Riigikantselei, lk 47
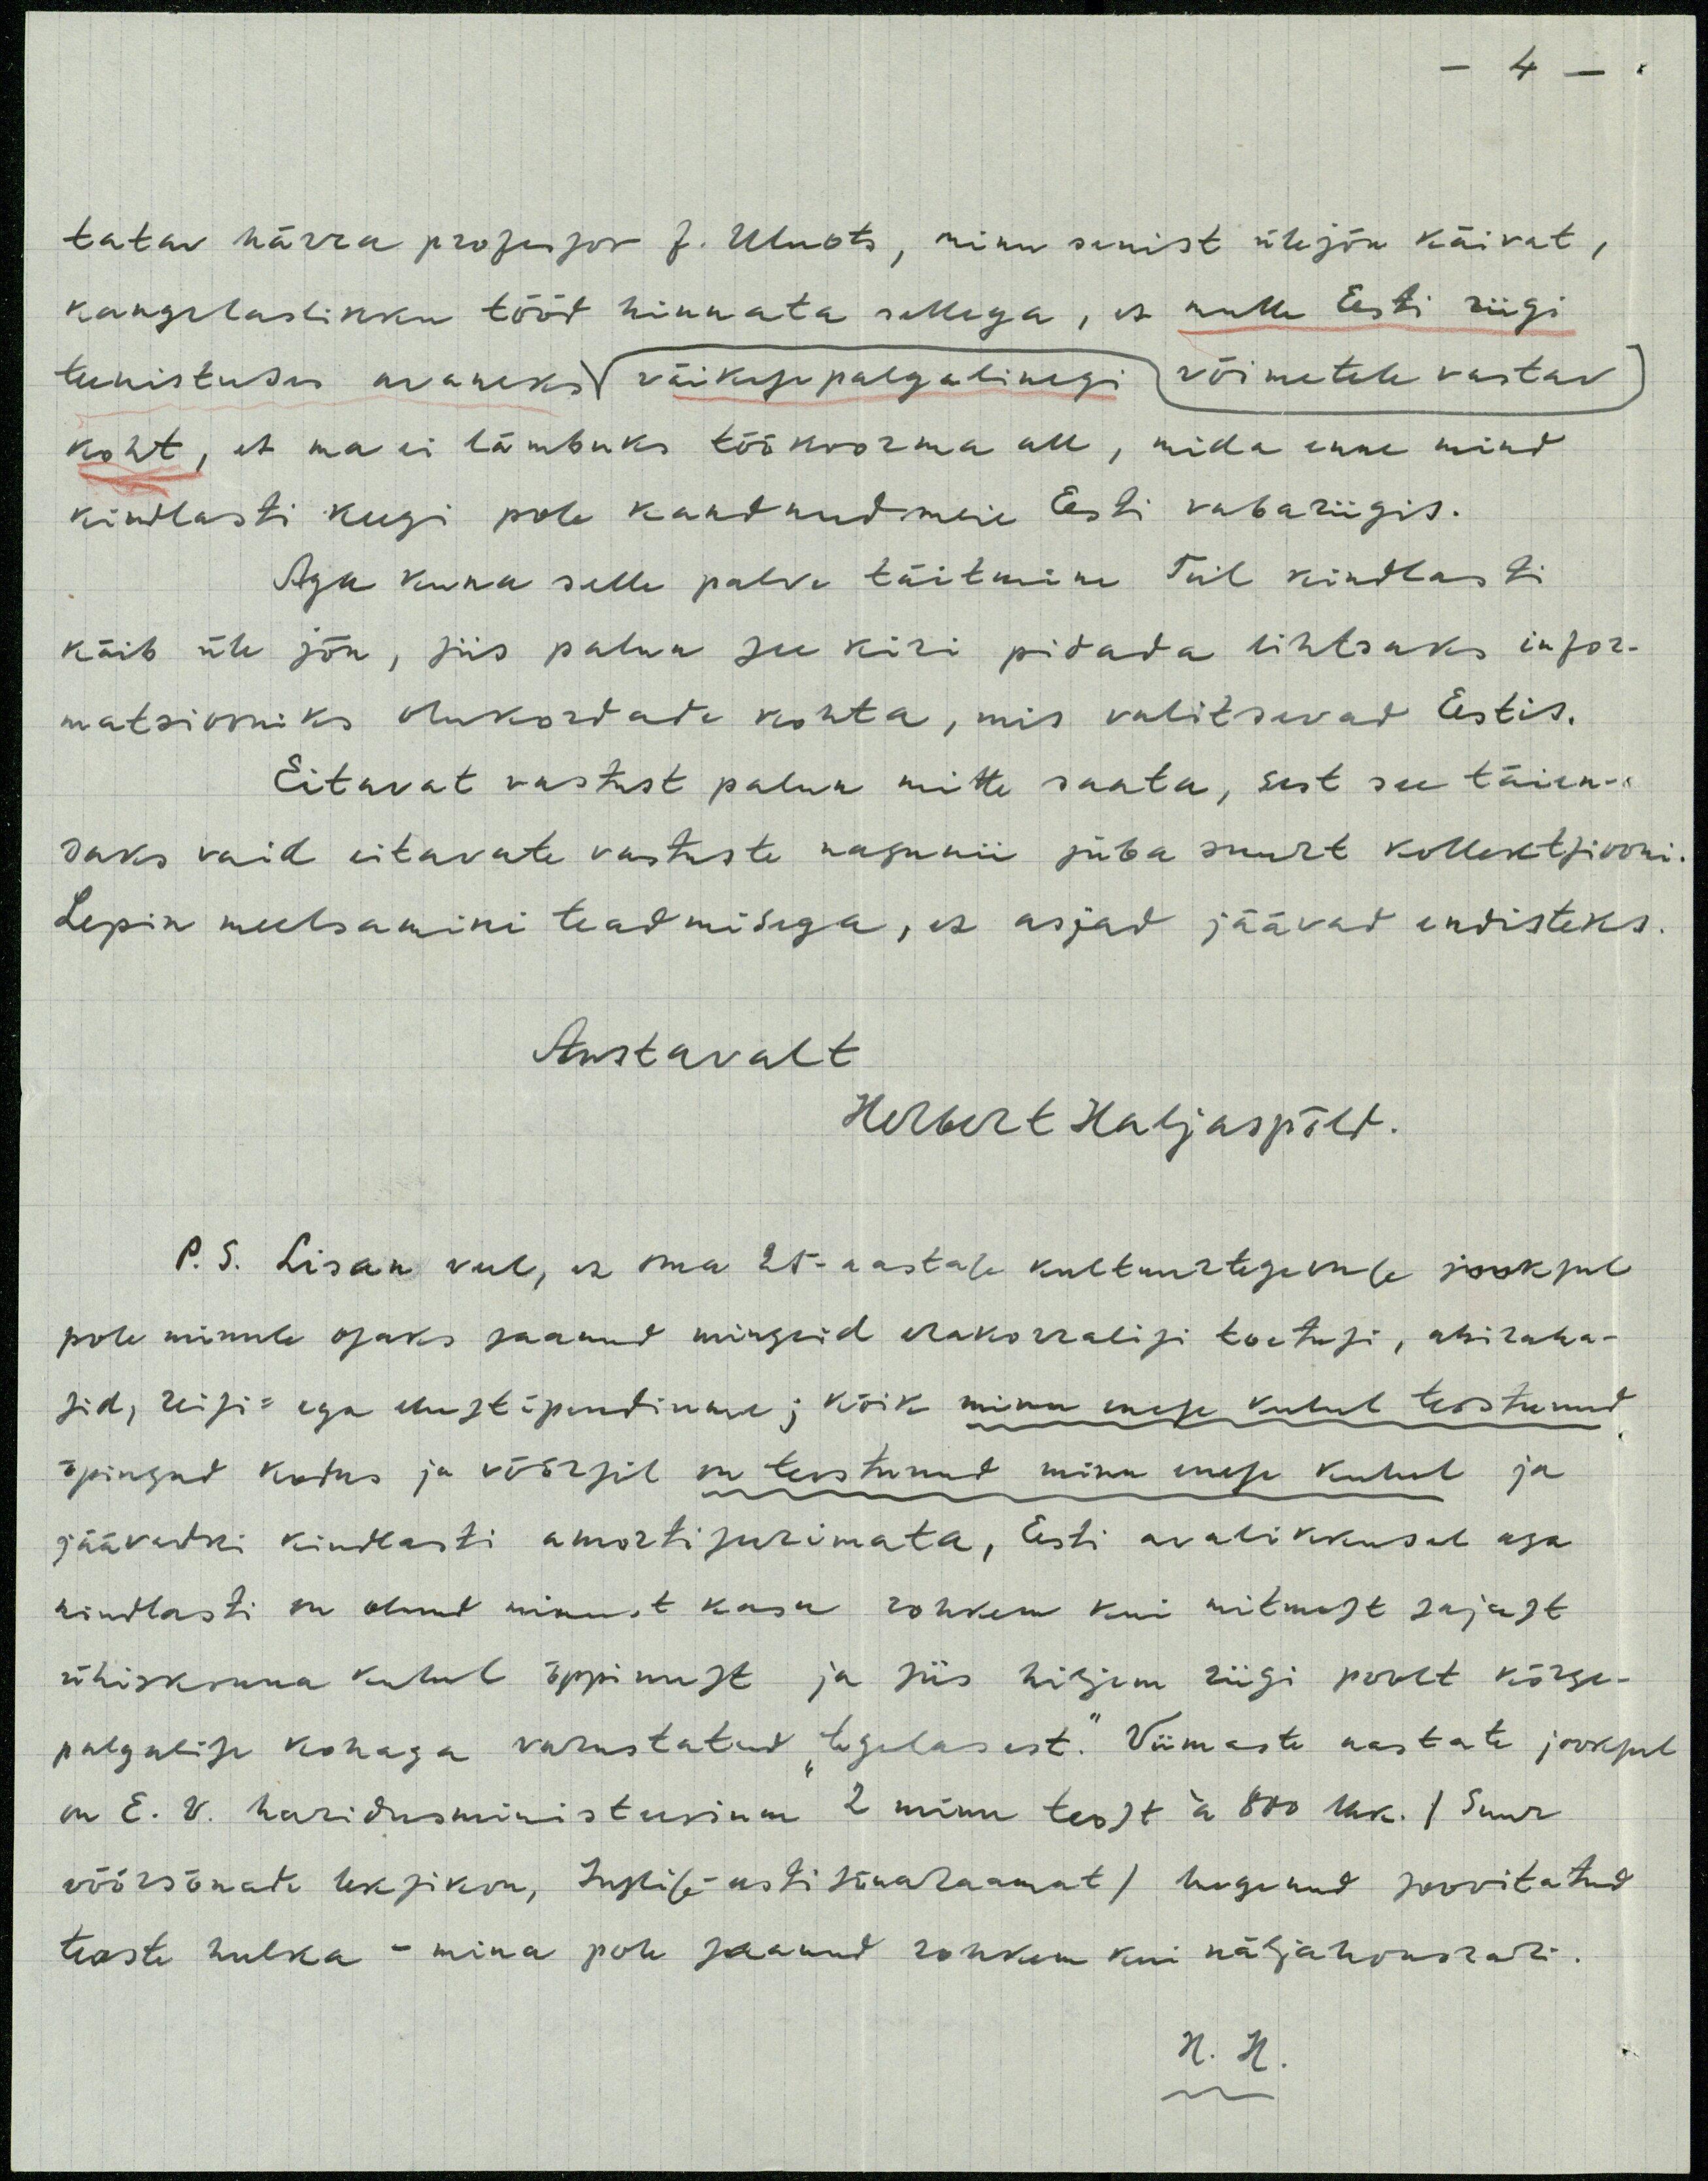
-4 -
tatav härra professor J. Uluots, minu senist ülejõu käivat,
kangelaslikku tööd hinnata sellega, et mulle Eesti riigi
teenistuses arvaneks väiksepalgalinegi võimetele vastav
koht, et ma ei lämbuks töökoorma all, mida enne mind
kindlasti keegi pole kandnud meie Eesti vabariigis.
Aga kuna selle palve täitmine Teil kindlasti
käib üle jõu, siis palun see kiri pidada lihtsaks infor-
matsiooniks olukordade kohta, mis valitsevad Eestis.
Eitavat vastust palun mitte saata, sest see täien-
daks vaid eitavate vastuste nagunii juba suurt kollektsiooni-
Lepin meelsamini teadmisega, et asjad jäävad endisteks.
Austavalt
Herbert Haljaspõld.
P. S. Lisan veel, et oma 25-aastase kultuurtegevuse jooksul
pole minule osaks saanud mingeid erakorralisi toetusi, abiraha-
sid, riigi- ega elustipendiume; kõik minu enese kulul teostunud
õpingud kodus ja võõrsil on teostunud minu enese kuhul ja
jäävadki kindlasti amortiseerimata, Eesti avalikkusele aga
kindlasti on olnud minust kasu rohkem kui mitmist sajast
ühiskonna kulul õppimist ja siis hiljem riigi poolt kõrge-
palgalise kohaga varustatud "tegelasest." Viimaste aastate jooksul-
on E.V. haridusministeerium 2 minu teost u 800 lhk. / Suur
wöörsõnade leksikon, Inglise-eesti sõnaraamat/ lugenud soovitatud
teoste hulka - mina pole saanud rohkem kui näljahonorari.
H.H.